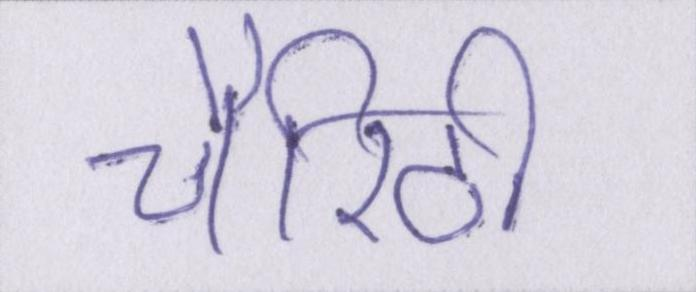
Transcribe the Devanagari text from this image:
चैरिटी